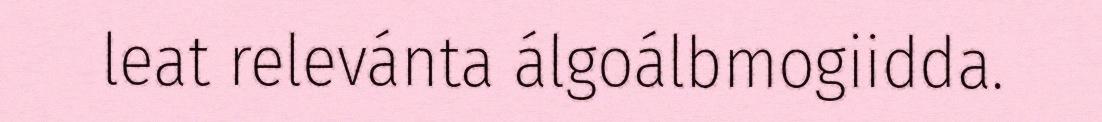
leat relevánta álgoálbmogiidda.